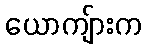
ယောကျ်ားက